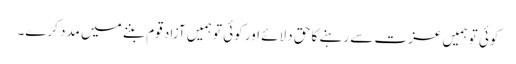
کوئی تو ہمیں عزت سے رہنے کا حق دلائے اور کوئی تو ہمیں آزاد قوم بننے میں مدد کرے۔